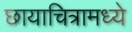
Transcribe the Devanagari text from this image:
छायाचित्रामध्ये